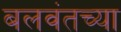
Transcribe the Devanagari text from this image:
बलवंतच्या